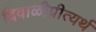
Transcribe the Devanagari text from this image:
दिवाळीप्रीत्यर्थ